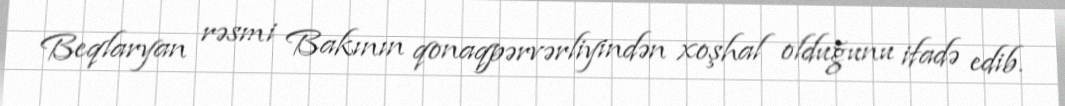
Beqlaryan rəsmi Bakının qonaqpərvərliyindən xoşhal olduğunu ifadə edib.